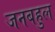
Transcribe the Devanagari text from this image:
जनबहुल